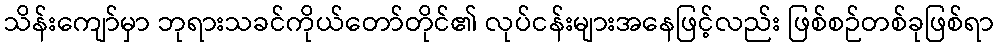
သိန်းကျော်မှာ ဘုရားသခင်ကိုယ်တော်တိုင်၏ လုပ်ငန်းများအနေဖြင့်လည်း ဖြစ်စဉ်တစ်ခုဖြစ်ရာ